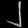
Digit: ၂